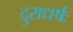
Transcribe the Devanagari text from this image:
दुराधर्षः